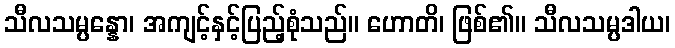
သီလသမ္ပန္နော၊ အကျင့်နှင့်ပြည့်စုံသည်။ ဟောတိ၊ ဖြစ်၏။ သီလသမ္ပဒါယ၊